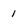
Character: 1